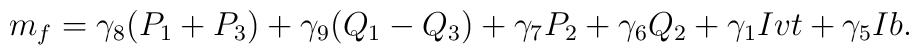
m_{f}=\gamma_8 (P_1 + P_3) +\gamma_9 (Q_1 -Q_3) + \gamma_7 P_2+\gamma_6 Q_2 +\gamma_1 Ivt + \gamma_5 Ib.